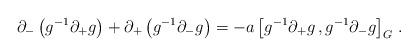
LaTeX: \begin{align*}\partial_{-}\left(g^{-1}\partial_{+}g \right) + \partial_{+}\left(g^{-1}\partial_{-}g \right) = - a \left[g^{-1}\partial_{+}g \,, g^{-1}\partial_{-}g \right]_{G}\,. \end{align*}